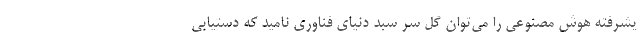
یشرفته هوش مصنوعی را می‌توان گل سر سبد دنیای فناوری نامید که دستیابی